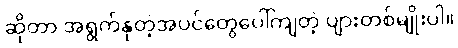
ဆိုတာ အရွက်နုတဲ့အပင်တွေပေါ်ကျတဲ့ ပျားတစ်မျိုးပါ။